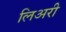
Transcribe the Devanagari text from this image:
लिअरी